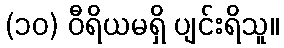
(၁၀) ဝီရိယမရှိ ပျင်းရိသူ။